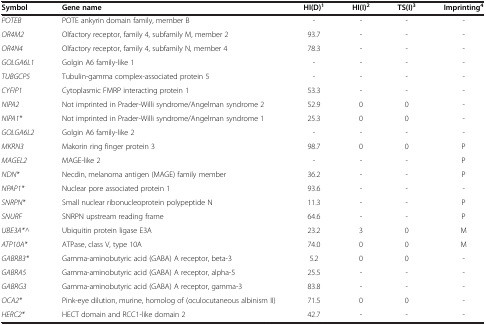
<table><thead><tr><td><b>Symbol</b></td><td><b>Gene name</b></td><td><b>HI(D)<sup>1</sup></b></td><td><b>HI(I)<sup>2</sup></b></td><td><b>TS(I)<sup>3</sup></b></td><td><b>Imprinting<sup>4</sup></b></td></tr></thead><tbody><tr><td><i>POTEB</i></td><td>POTE ankyrin domain family, member B</td><td>-</td><td>-</td><td>-</td><td>-</td></tr><tr><td><i>OR4M2</i></td><td>Olfactory receptor, family 4, subfamily M, member 2</td><td>93.7</td><td>-</td><td>-</td><td>-</td></tr><tr><td><i>OR4N4</i></td><td>Olfactory receptor, family 4, subfamily N, member 4</td><td>78.3</td><td>-</td><td>-</td><td>-</td></tr><tr><td><i>GOLGA6L1</i></td><td>Golgin A6 family-like 1</td><td>-</td><td>-</td><td>-</td><td>-</td></tr><tr><td><i>TUBGCP5</i></td><td>Tubulin-gamma complex-associated protein 5</td><td>-</td><td>-</td><td>-</td><td>-</td></tr><tr><td><i>CYFIP1</i></td><td>Cytoplasmic FMRP interacting protein 1</td><td>53.3</td><td>-</td><td>-</td><td>-</td></tr><tr><td><i>NIPA2</i></td><td>Not imprinted in Prader-Willi syndrome/Angelman syndrome 2</td><td>52.9</td><td>0</td><td>0</td><td>-</td></tr><tr><td><i>NIPA1*</i></td><td>Not imprinted in Prader-Willi syndrome/Angelman syndrome 1</td><td>25.3</td><td>0</td><td>0</td><td>-</td></tr><tr><td><i>GOLGA6L2</i></td><td>Golgin A6 family-like 2</td><td>-</td><td>-</td><td>-</td><td>-</td></tr><tr><td><i>MKRN3</i></td><td>Makorin ring finger protein 3</td><td>98.7</td><td>0</td><td>0</td><td>P</td></tr><tr><td><i>MAGEL2</i></td><td>MAGE-like 2</td><td>-</td><td>-</td><td>-</td><td>P</td></tr><tr><td><i>NDN*</i></td><td>Necdin, melanoma antigen (MAGE) family member</td><td>36.2</td><td>-</td><td>-</td><td>P</td></tr><tr><td><i>NPAP1*</i></td><td>Nuclear pore associated protein 1</td><td>93.6</td><td>-</td><td>-</td><td>-</td></tr><tr><td><i>SNRPN*</i></td><td>Small nuclear ribonucleoprotein polypeptide N</td><td>11.3</td><td>-</td><td>-</td><td>P</td></tr><tr><td><i>SNURF</i></td><td>SNRPN upstream reading frame</td><td>64.6</td><td>-</td><td>-</td><td>P</td></tr><tr><td><i>UBE3A*^</i></td><td>Ubiquitin protein ligase E3A</td><td>23.2</td><td>3</td><td>0</td><td>M</td></tr><tr><td><i>ATP10A*</i></td><td>ATPase, class V, type 10A</td><td>74.0</td><td>0</td><td>0</td><td>M</td></tr><tr><td><i>GABRB3*</i></td><td>Gamma-aminobutyric acid (GABA) A receptor, beta-3</td><td>5.2</td><td>0</td><td>0</td><td>-</td></tr><tr><td><i>GABRA5</i></td><td>Gamma-aminobutyric acid (GABA) A receptor, alpha-5</td><td>25.5</td><td>-</td><td>-</td><td>-</td></tr><tr><td><i>GABRG3</i></td><td>Gamma-aminobutyric acid (GABA) A receptor, gamma-3</td><td>83.8</td><td>-</td><td>-</td><td>-</td></tr><tr><td><i>OCA2*</i></td><td>Pink-eye dilution, murine, homolog of (oculocutaneous albinism II)</td><td>71.5</td><td>0</td><td>0</td><td>-</td></tr><tr><td><i>HERC2*</i></td><td>HECT domain and RCC1-like domain 2</td><td>42.7</td><td>-</td><td>-</td><td>-</td></tr></tbody></table>